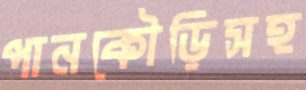
পানকৌড়িসহ